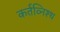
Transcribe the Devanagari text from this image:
कर्तव्निश्थ